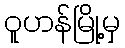
ဝူဟန်မြို့မှ